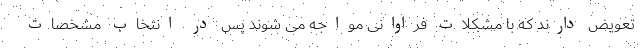
تعویض دارند که با مشکلات فراوانی مواجه می شوند پس در انتخاب مشخصات